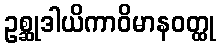
ဥစ္ဆုဒါယိကာဝိမာနဝတ္ထု